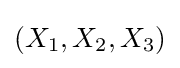
(X_{1},X_{2},X_{3})